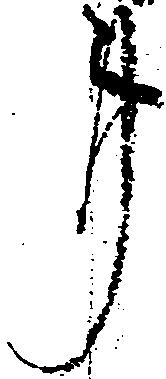
事